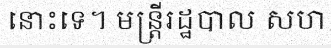
នោះទេ។ មន្ត្រីរដ្ឋបាល សហ